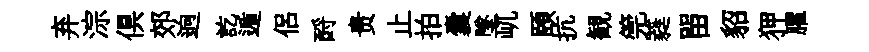
弃淙俱郊逈訖遁侶酹贵止拍囊墜屼頤抗観筦蕤㽞貂狎臞